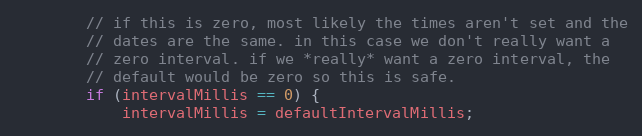
Language: Java
        // if this is zero, most likely the times aren't set and the
        // dates are the same. in this case we don't really want a
        // zero interval. if we *really* want a zero interval, the
        // default would be zero so this is safe.
        if (intervalMillis == 0) {
            intervalMillis = defaultIntervalMillis;